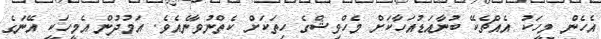
އެހެން މީހަކު އެއްޗެކޭ ބުނާއަޑުއަހާކަށް މެހްވިޝްގެ ހިތަކަށް ކެތްނުވާނެއެވެ. އަމުދުން އެމީހަކީ އޭނަގެ